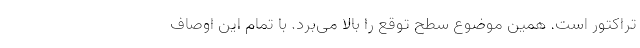
تراکتور است. همین موضوع سطح توقع را بالا می‌برد. با تمام این اوصاف